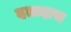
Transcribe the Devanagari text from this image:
दत्तदास